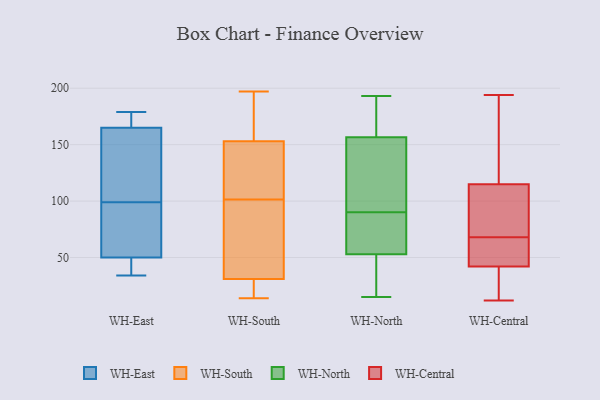
{"axis": {"x": "Active Users", "y": "Value"}, "legend": ["WH-Central", "WH-East", "WH-North", "WH-South"], "data": [{"x": "", "y": 71, "type": "WH-East"}, {"x": "", "y": 94, "type": "WH-East"}, {"x": "", "y": 104, "type": "WH-East"}, {"x": "", "y": 165, "type": "WH-East"}, {"x": "", "y": 34, "type": "WH-East"}, {"x": "", "y": 45, "type": "WH-East"}, {"x": "", "y": 50, "type": "WH-East"}, {"x": "", "y": 169, "type": "WH-East"}, {"x": "", "y": 165, "type": "WH-East"}, {"x": "", "y": 179, "type": "WH-East"}, {"x": "", "y": 145, "type": "WH-South"}, {"x": "", "y": 197, "type": "WH-South"}, {"x": "", "y": 14, "type": "WH-South"}, {"x": "", "y": 22, "type": "WH-South"}, {"x": "", "y": 48, "type": "WH-South"}, {"x": "", "y": 153, "type": "WH-South"}, {"x": "", "y": 153, "type": "WH-South"}, {"x": "", "y": 160, "type": "WH-South"}, {"x": "", "y": 30, "type": "WH-South"}, {"x": "", "y": 25, "type": "WH-South"}, {"x": "", "y": 97, "type": "WH-South"}, {"x": "", "y": 31, "type": "WH-South"}, {"x": "", "y": 82, "type": "WH-South"}, {"x": "", "y": 106, "type": "WH-South"}, {"x": "", "y": 160, "type": "WH-South"}, {"x": "", "y": 71, "type": "WH-South"}, {"x": "", "y": 197, "type": "WH-South"}, {"x": "", "y": 114, "type": "WH-South"}, {"x": "", "y": 42, "type": "WH-North"}, {"x": "", "y": 164, "type": "WH-North"}, {"x": "", "y": 104, "type": "WH-North"}, {"x": "", "y": 23, "type": "WH-North"}, {"x": "", "y": 193, "type": "WH-North"}, {"x": "", "y": 75, "type": "WH-North"}, {"x": "", "y": 126, "type": "WH-North"}, {"x": "", "y": 156, "type": "WH-North"}, {"x": "", "y": 15, "type": "WH-North"}, {"x": "", "y": 98, "type": "WH-North"}, {"x": "", "y": 191, "type": "WH-North"}, {"x": "", "y": 51, "type": "WH-North"}, {"x": "", "y": 146, "type": "WH-North"}, {"x": "", "y": 55, "type": "WH-North"}, {"x": "", "y": 61, "type": "WH-North"}, {"x": "", "y": 181, "type": "WH-North"}, {"x": "", "y": 55, "type": "WH-North"}, {"x": "", "y": 82, "type": "WH-North"}, {"x": "", "y": 30, "type": "WH-North"}, {"x": "", "y": 157, "type": "WH-North"}, {"x": "", "y": 122, "type": "WH-Central"}, {"x": "", "y": 50, "type": "WH-Central"}, {"x": "", "y": 42, "type": "WH-Central"}, {"x": "", "y": 41, "type": "WH-Central"}, {"x": "", "y": 70, "type": "WH-Central"}, {"x": "", "y": 108, "type": "WH-Central"}, {"x": "", "y": 194, "type": "WH-Central"}, {"x": "", "y": 115, "type": "WH-Central"}, {"x": "", "y": 42, "type": "WH-Central"}, {"x": "", "y": 66, "type": "WH-Central"}, {"x": "", "y": 12, "type": "WH-Central"}, {"x": "", "y": 165, "type": "WH-Central"}, {"x": "", "y": 22, "type": "WH-Central"}, {"x": "", "y": 87, "type": "WH-Central"}]}